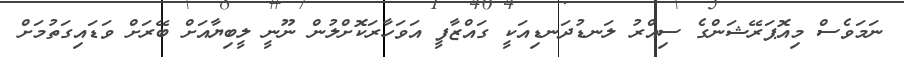
ނަމަވެސް މިއޮޕަރޭޝަންގެ ސިއްރު ލަނޑުދަނޑިއަކީ ގައްޒާފީ އަވަހާރަކޮށްލުން ނޫނީ ލީބިޔާއަށް ބޭރަށް ވަޑައިގަތުމަށް